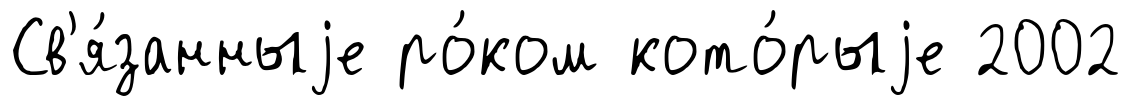
Св'я́занныjе ро́ком кото́рыjе 2002